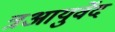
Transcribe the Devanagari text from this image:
त्रआयुर्वेद